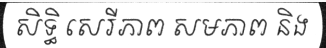
សិទ្ធិ សេរីភាព សមភាព និង